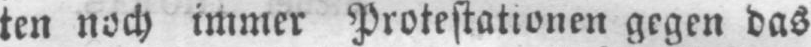
ten noch immer Protestationen gegen das